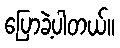
ပြောခဲ့ပါတယ်။